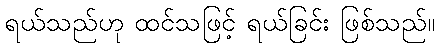
ရယ်သည်ဟု ထင်သဖြင့် ရယ်ခြင်း ဖြစ်သည်။